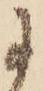
に